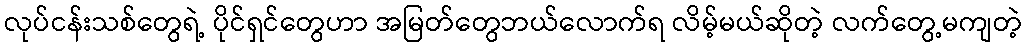
လုပ်ငန်းသစ်တွေရဲ့ ပိုင်ရှင်တွေဟာ အမြတ်တွေဘယ်လောက်ရ လိမ့်မယ်ဆိုတဲ့ လက်တွေ့မကျတဲ့